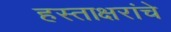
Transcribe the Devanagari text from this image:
हस्ताक्षरांचे